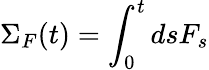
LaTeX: \Sigma_{F}(t)=\int_{0}^{t}dsF_{s}